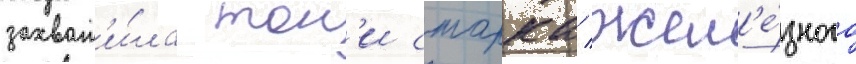
захват'и́ла тон'и старка/ жел'е́зного